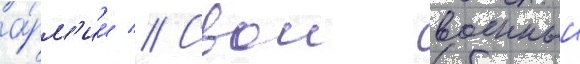
а́рм'ии // Свои военныи